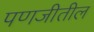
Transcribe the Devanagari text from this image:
पणजीतील